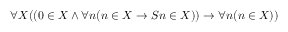
\forall X ( ( 0 \in X \land \forall n ( n \in X \rightarrow S n \in X ) ) \rightarrow \forall n ( n \in X ) )